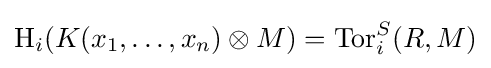
\operatorname {H} _{i}(K(x_{1},\dots ,x_{n})\otimes M)=\operatorname {Tor} _{i}^{S}(R,M)